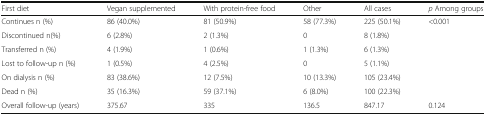
<table><thead><tr><td><b>First diet</b></td><td><b>Vegan supplemented</b></td><td><b>With protein-free food</b></td><td><b>Other</b></td><td><b>All cases</b></td><td><b><i>p</i> Among groups</b></td></tr></thead><tbody><tr><td>Continues n (%)</td><td>86 (40.0%)</td><td>81 (50.9%)</td><td>58 (77.3%)</td><td>225 (50.1%)</td><td rowspan="6">&lt;0.001</td></tr><tr><td>Discontinued n(%)</td><td>6 (2.8%)</td><td>2 (1.3%)</td><td>0</td><td>8 (1.8%)</td></tr><tr><td>Transferred n (%)</td><td>4 (1.9%)</td><td>1 (0.6%)</td><td>1 (1.3%)</td><td>6 (1.3%)</td></tr><tr><td>Lost to follow-up n (%)</td><td>1 (0.5%)</td><td>4 (2.5%)</td><td>0</td><td>5 (1.1%)</td></tr><tr><td>On dialysis n (%)</td><td>83 (38.6%)</td><td>12 (7.5%)</td><td>10 (13.3%)</td><td>105 (23.4%)</td></tr><tr><td>Dead n (%)</td><td>35 (16.3%)</td><td>59 (37.1%)</td><td>6 (8.0%)</td><td>100 (22.3%)</td></tr><tr><td>Overall follow-up (years)</td><td>375.67</td><td>335</td><td>136.5</td><td>847.17</td><td>0.124</td></tr></tbody></table>